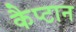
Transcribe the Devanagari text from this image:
कैप्टान